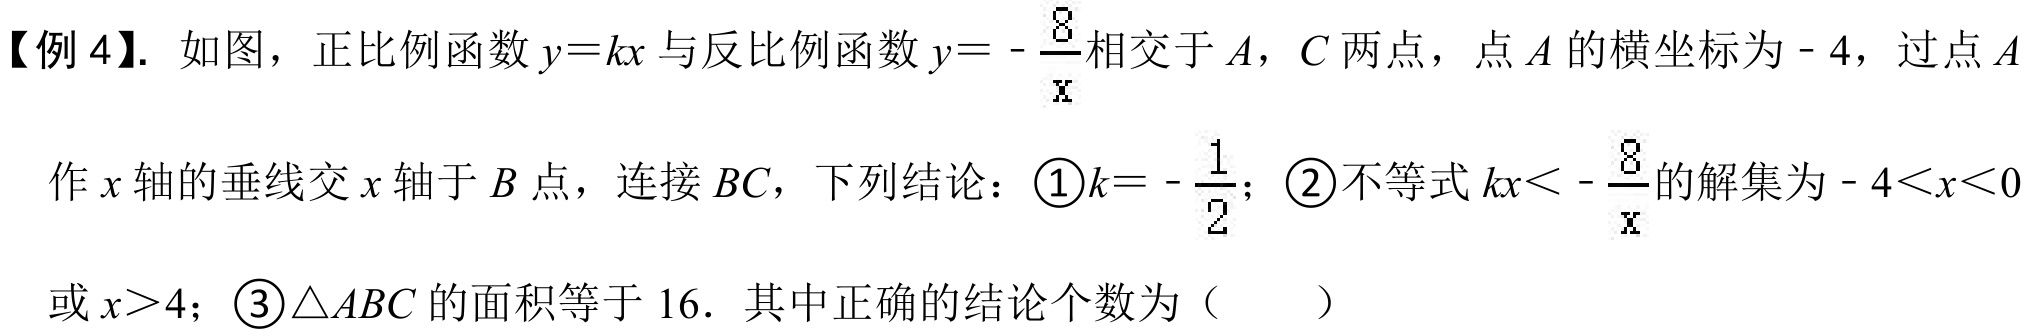
【例 4】. 如图，正比例函数 \(y = kx\) 与反比例函数 \(y=-\frac{8}{x}\) 相交于 \(A\)，\(C\) 两点，点 \(A\) 的横坐标为 \(-4\)，过点 \(A\) 作 \(x\) 轴的垂线交 \(x\) 轴于 \(B\) 点，连接 \(BC\)，下列结论：\textcircled{1}\(k =-\frac{1}{2}\)；\textcircled{2}不等式 \(kx<-\frac{8}{x}\) 的解集为 \(-4 < x < 0\) 或 \(x>4\)；\textcircled{3}\(\triangle ABC\) 的面积等于 \(16\). 其中正确的结论个数为（  ）